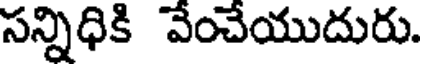
సన్నిధికి వేంచేయుదురు.